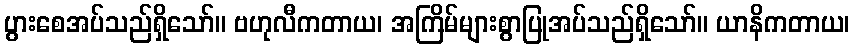
ပွားစေအပ်သည်ရှိသော်။ ဗဟုလီကတာယ၊ အကြိမ်များစွာပြုအပ်သည်ရှိသော်။ ယာနိကတာယ၊